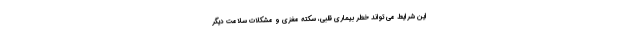
این شرایط می تواند خطر بیماری قلبی، سکته مغزی و مشکلات سلامت دیگر